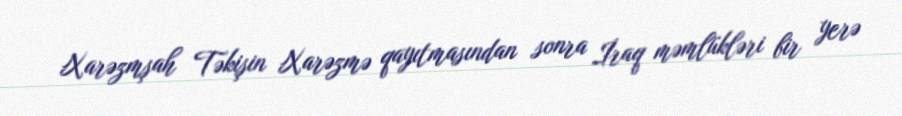
Xarəzmşah Təkişin Xarəzmə qayıtmasından sonra İraq məmlükləri bir yerə